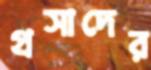
প্রসাদের